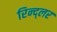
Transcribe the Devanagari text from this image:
रिन्द्लर